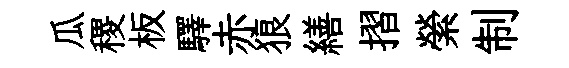
瓜稷板驛赤狼繕摺縈制